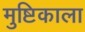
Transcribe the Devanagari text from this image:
मुष्टिकाला